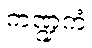
ကဏ္ဍကံ